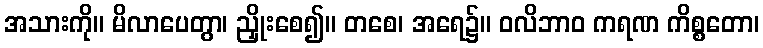
အသားကို။ မိလာပေတွာ၊ ညှိုးစေ၍။ တစေ၊ အရေ၌။ ဝလိဘာဝ ကရဏ ကိစ္စတော၊